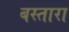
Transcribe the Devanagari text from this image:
बस्तारा